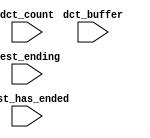
module niosII_system_nios2_qsys_0_oci_test_bench (
                                                   // inputs:
                                                    dct_buffer,
                                                    dct_count,
                                                    test_ending,
                                                    test_has_ended
                                                 )
;

  input   [ 29: 0] dct_buffer;
  input   [  3: 0] dct_count;
  input            test_ending;
  input            test_has_ended;


endmodule